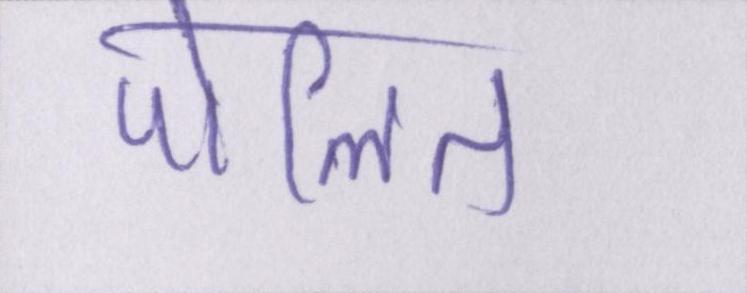
पोलित